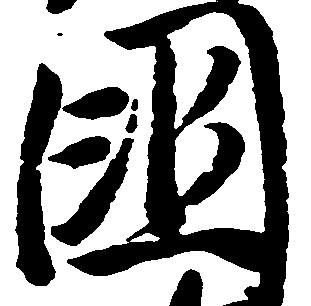
国